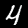
Label: 4